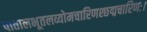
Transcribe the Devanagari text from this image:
पातालभूतलव्योमचारिणश्छद्मचारिणः।